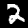
Digit: 2